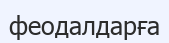
феодалдарға